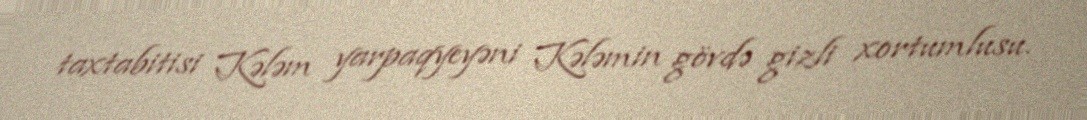
taxtabitisi Kələm yarpaqyeyəni Kələmin gövdə gizli xortumlusu.